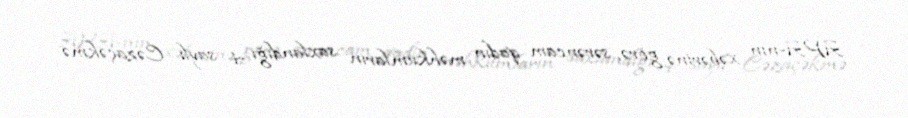
APA-nın xəbərinə görə, sərəncam qadın məhkumların saxlandığı 4 saylı Cəzaçəkmə